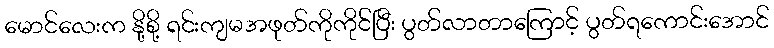
မောင်လေးက နို့စို့ ရင်းကျမအဖုတ်ကိုကိုင်ပြီး ပွတ်လာတာကြောင့် ပွတ်ရကောင်းအောင်